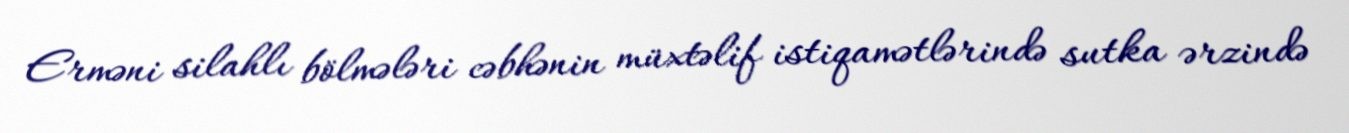
Erməni silahlı bölmələri cəbhənin müxtəlif istiqamətlərində sutka ərzində